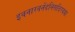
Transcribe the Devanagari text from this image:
इवनारवनेंदनिसदिरयया